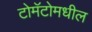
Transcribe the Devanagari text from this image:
टोमॅटोमधील